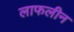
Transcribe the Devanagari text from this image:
लाफलीन